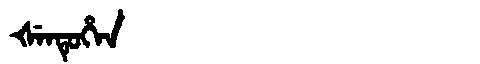
Manchu: ᡧᡝᠨᡨᡠᡥᡝᠨ
Romanization: ŠENTUHEN